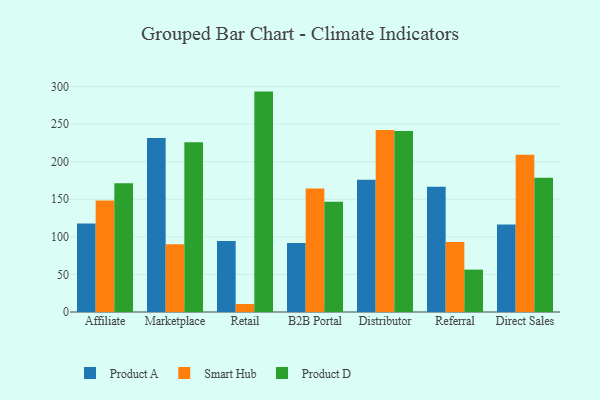
{"axis": {"x": "Channel", "y": "Churn Rate (%)"}, "legend": ["Product A", "Product D", "Smart Hub"], "data": [{"x": "Affiliate", "y": 117.9, "type": "Product A"}, {"x": "Affiliate", "y": 148.3, "type": "Smart Hub"}, {"x": "Affiliate", "y": 171.4, "type": "Product D"}, {"x": "Marketplace", "y": 231.7, "type": "Product A"}, {"x": "Marketplace", "y": 90.2, "type": "Smart Hub"}, {"x": "Marketplace", "y": 226.0, "type": "Product D"}, {"x": "Retail", "y": 94.5, "type": "Product A"}, {"x": "Retail", "y": 10.6, "type": "Smart Hub"}, {"x": "Retail", "y": 293.3, "type": "Product D"}, {"x": "B2B Portal", "y": 91.9, "type": "Product A"}, {"x": "B2B Portal", "y": 164.2, "type": "Smart Hub"}, {"x": "B2B Portal", "y": 146.6, "type": "Product D"}, {"x": "Distributor", "y": 176.0, "type": "Product A"}, {"x": "Distributor", "y": 242.3, "type": "Smart Hub"}, {"x": "Distributor", "y": 240.8, "type": "Product D"}, {"x": "Referral", "y": 166.6, "type": "Product A"}, {"x": "Referral", "y": 93.3, "type": "Smart Hub"}, {"x": "Referral", "y": 56.4, "type": "Product D"}, {"x": "Direct Sales", "y": 116.6, "type": "Product A"}, {"x": "Direct Sales", "y": 209.3, "type": "Smart Hub"}, {"x": "Direct Sales", "y": 178.6, "type": "Product D"}]}